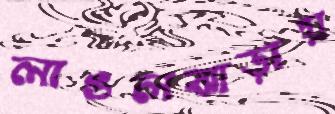
লাঙলঝাড়ায়